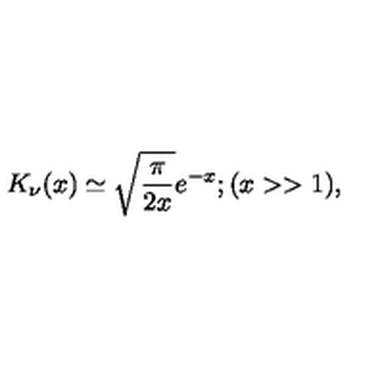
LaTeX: K _ { \nu } ( x ) \simeq \sqrt { \frac { \pi } { 2 x } } e ^ { - x } ; ( x > > 1 ) ,